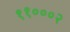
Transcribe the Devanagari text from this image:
११०००२